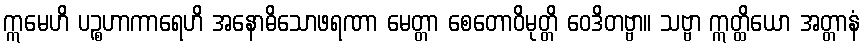
ဣမေဟိ ပဉ္စဟာကာရေဟိ အနောဓိသောဖရဏာ မေတ္တာ စေတောဝိမုတ္တိ ဝေဒိတဗ္ဗာ။ သဗ္ဗာ ဣတ္ထိယော အတ္တာနံ